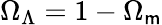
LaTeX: \Omega_{\Lambda}=1-\Omega_{\mathsf{m}}